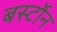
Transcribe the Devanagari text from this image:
बर्स्टोन